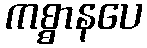
ကစ္စာနပေ